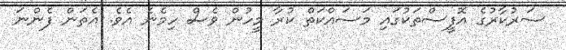
ސަރުކާރުގެ އޮފީސްތަކުގައި މަސައްކަތް ކުރާ މީހުން ވެސް ހިމެނެ އެވެ. އެތަން ފެންނަ